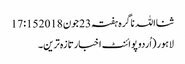
ثنااللہ ناگرہ ہفتہ 23 جون 2018 17:15
لاہور(اُردوپوائنٹ اخبارتازہ ترین۔